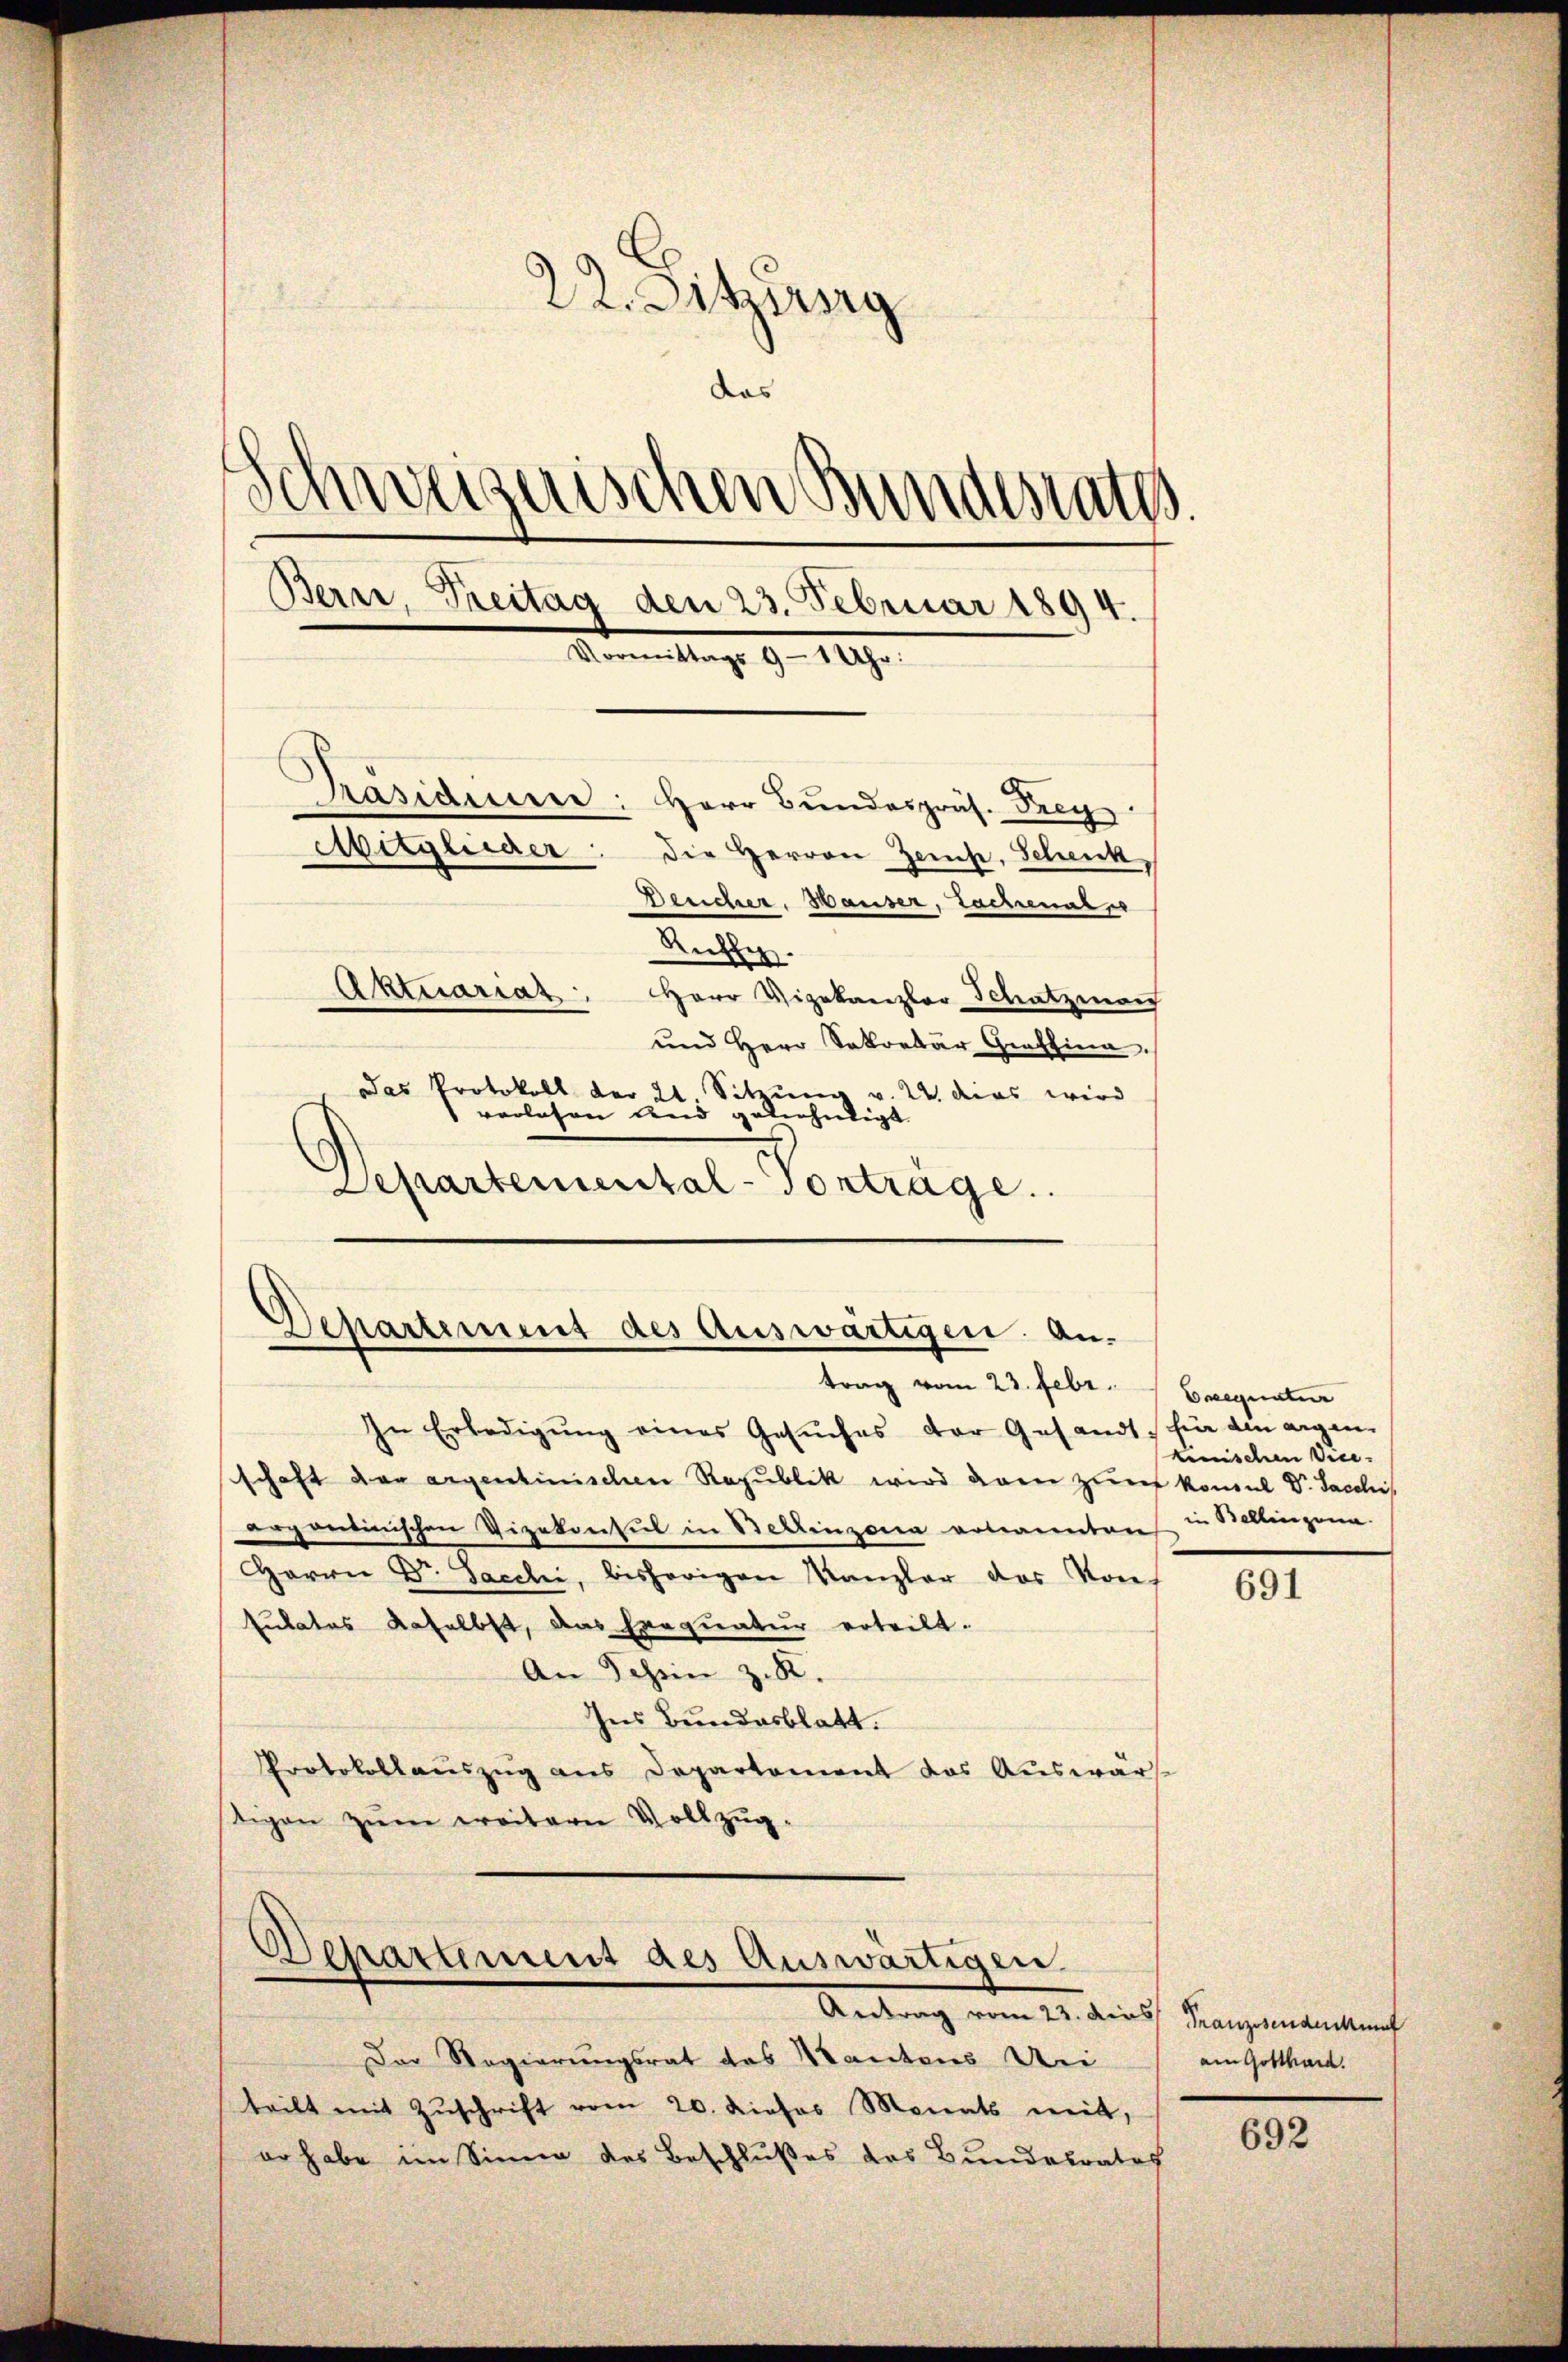
22. Sitzberg
das
Schweizerischen Bundesraths.
Bern, Treitag den 23. Februar 1894.
Kommittag. 9. 1890.
Präsiden: Herr Bundespräs. Frey
Mitglieder:
die Herren Zeit, Schenk
Bercher. Hauser, Lachenal
Kuffe
Aktuariat Herr Vizekanzler Schatzman
und Herr Sakortar Graffina.
Das Protokoll der 24 Sitzung v. U. das wird
verlesen und geliehendigt
Departemental-Vorträge.

¬
Departement des Auswärtigen. Antrag vom 23. Febr. Exequatur

In Erledigŭng eines Gesuches der Gesandt, für die argen
schaft der argentinischen Republik wird dann zur kommt Dr. Sacchis
orzantinnschen Vizekonsul in Bellinzona erkannten in Bellinzona
Harrer Dr. Sacchi, bisherigen Kanzler das Konf
sulates daselbst, das Exequatur erteilt.
An Schein z. R.
Ins Bundesblatt.
Protokollauszug aus Departement das Auswärtigen zum weitern Vollzug.

Schattement des Auswärtigen.
Antrag vom 23. dies Franzosendenkunf

Der Regierungsrat des Kantons Uri
teilt mit Zŭschrift vom 20. dieses Monats mit,
er habe im Sinne des Beschlußes das Bundesrates

kinischen Vice-

691

am Gotthard.

692